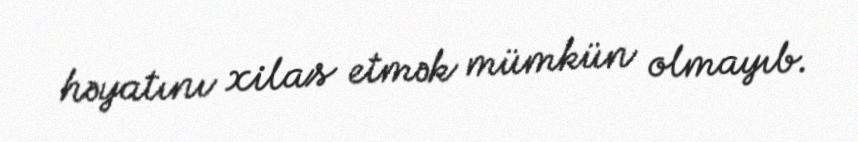
həyatını xilas etmək mümkün olmayıb.